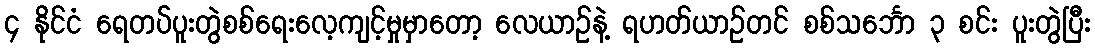
၄ နိုင်ငံ ရေတပ်ပူးတွဲစစ်ရေးလေ့ကျင့်မှုမှာတော့ လေယာဉ်နဲ့ ရဟတ်ယာဉ်တင် စစ်သင်္ဘော ၃ စင်း ပူးတွဲပြီး